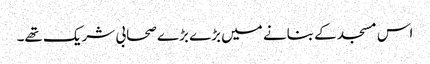
اس مسجد کے بنانے میں بڑے بڑے صحابی شریک تھے۔